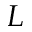
L